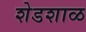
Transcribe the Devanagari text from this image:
शेडशाळ